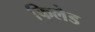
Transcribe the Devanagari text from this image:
फिलेड